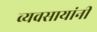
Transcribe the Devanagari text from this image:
व्यवसायांनी